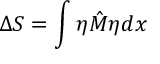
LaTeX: \Delta S = \int \eta \hat { M } \eta d x